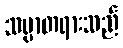
သမ္မာတရားသည်